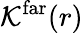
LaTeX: \mathcal{K}^{\mathrm{far}}(r)